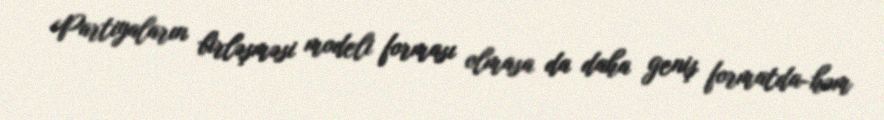
Partiyaların birləşməsi modeli forması olmasa da daha geniş formatda-həm